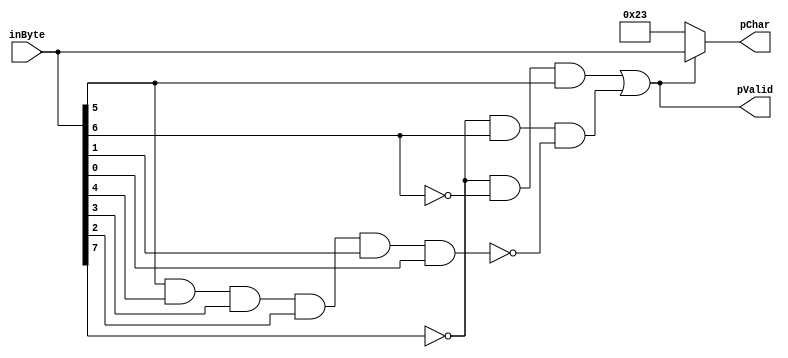
//
// printable
//
// output a printable char (0x20 - 0x7e) or
// output a "#" sign
//
module printable(
		 output [7:0] pChar,  // printable char 
		 output       pValid, // valid printable char
		 input [7:0]  inByte
		 );

   assign pValid = ~inByte[7] & ~inByte[6] & inByte[5]   |    // 0x2_, 0x3_
		   ~inByte[7] & inByte[6]  & 
		   ~(inByte[5] & inByte[4] & inByte[3] &
		     inByte[2] & inByte[1] & inByte[0]); // 0x4_, 0x5_, 0x6_, x7_ except 0x7f);
   assign pChar = pValid ? inByte : "#";
endmodule // printable